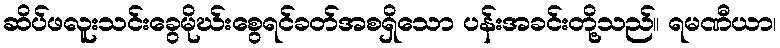
ဆိပ်ဖလူးသင်းခွေမိုဃ်းစွေရင်ခတ်အစရှိသော ပန်းအခင်းတို့သည်။ ရမဏီယာ၊